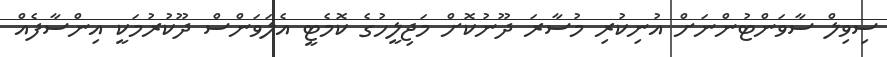
ސިވިލް ސާވަންޓުންނަށް އުނިކުރި މުސާރަ ދޫނުކޮށް މަޖިލީހުގެ ކޮމެޓީ އެލަވަންސް ދޫކުރުމަކީ އިންސާފެއް